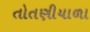
તોતણીયાળા